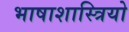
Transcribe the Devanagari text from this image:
भाषाशास्त्रियो